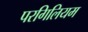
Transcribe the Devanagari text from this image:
परगिलियम